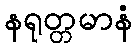
နရုတ္တမာနံ